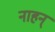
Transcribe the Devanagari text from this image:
नाहन्